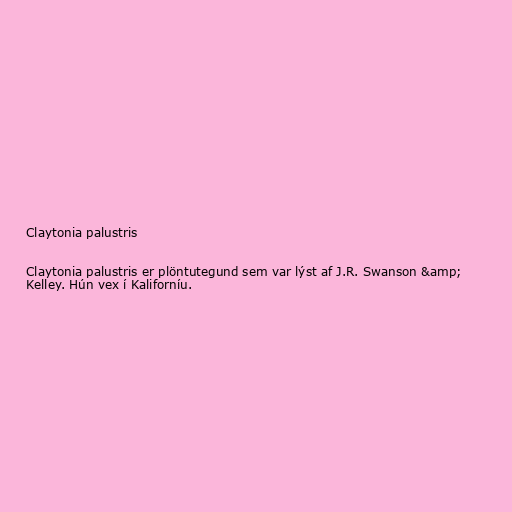
Claytonia palustris

Claytonia palustris er plöntutegund sem var lýst af J.R. Swanson &amp;
Kelley. Hún vex í Kaliforníu.